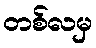
တစ်လမှ